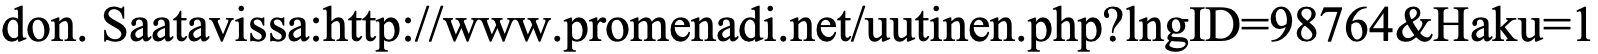
don. Saatavissa:http://www.promenadi.net/uutinen.php?lngID=98764&Haku=1